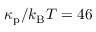
\kappa _ { \mathrm { p } } / k _ { \mathrm { B } } T = 4 6